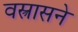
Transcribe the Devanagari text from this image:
वस्त्रासने